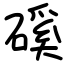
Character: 磎